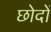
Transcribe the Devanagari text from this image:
छोदों